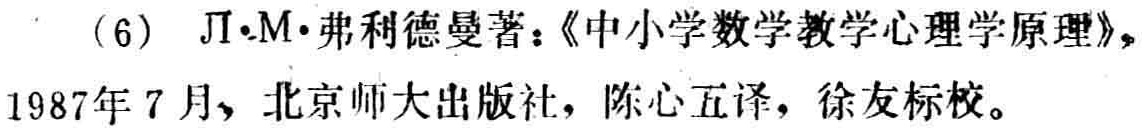
(6) Л·М·弗利德曼著：《中小学数学教学心理学原理》，1987年7月，北京师大出版社，陈心五译，徐友标校。